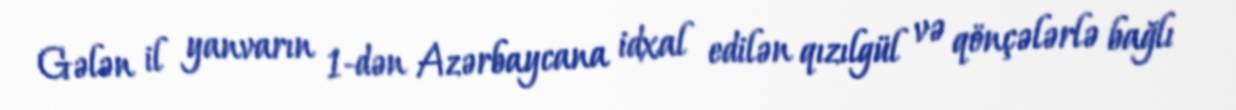
Gələn il yanvarın 1-dən Azərbaycana idxal edilən qızılgül və qönçələrlə bağlı